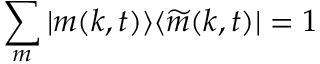
\sum _ { m } | m ( k , t ) \rangle \langle \widetilde { m } ( k , t ) | = 1